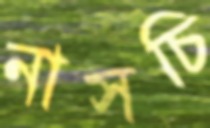
নাসচি